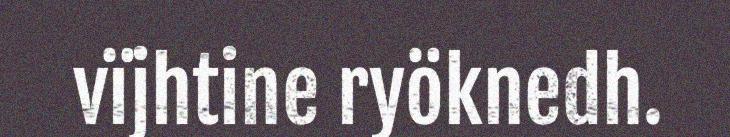
vïjhtine ryöknedh.